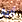
آلية